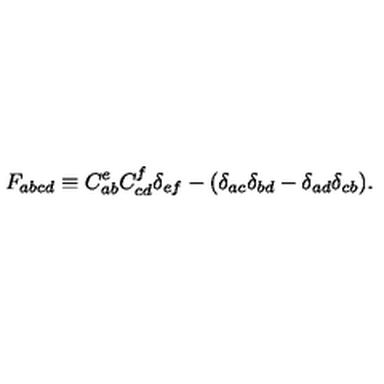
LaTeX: F _ { a b c d } \equiv C _ { a b } ^ { e } C _ { c d } ^ { f } \delta _ { e f } - ( \delta _ { a c } \delta _ { b d } - \delta _ { a d } \delta _ { c b } ) .